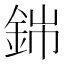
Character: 銟